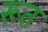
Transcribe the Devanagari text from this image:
रूत